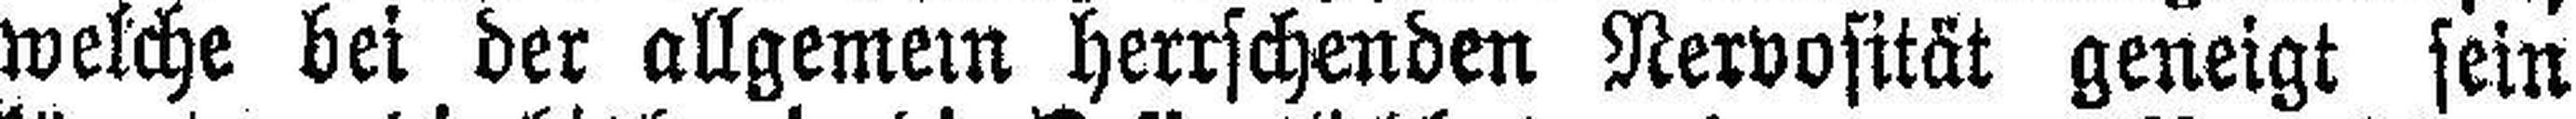
welche bei der allgemein herrschenden Nervosität geneigt sein